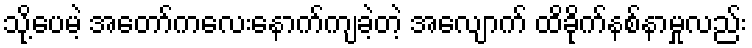
သို့ပေမဲ့ အတော်ကလေးနောက်ကျခဲ့တဲ့ အလျောက် ထိခိုက်နစ်နာမှုလည်း